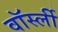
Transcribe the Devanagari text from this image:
वॉर्स्ली